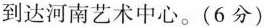
到达河南艺术中心。(6分)